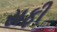
સફી